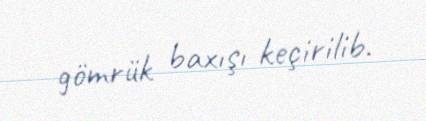
gömrük baxışı keçirilib.